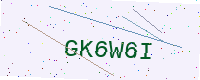
Text: GK6W6I